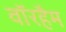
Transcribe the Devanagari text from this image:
वॉरहैम